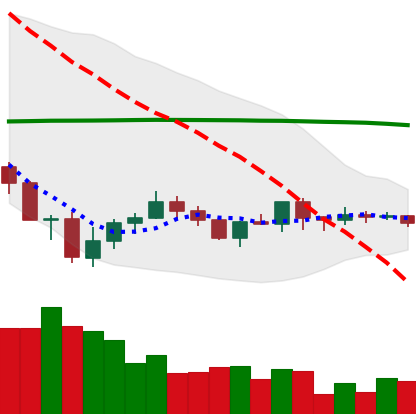
Ticker: ADA-USD
Chart end date: 2019-08-01
Forward return: -9.347%
Label: down_7plus